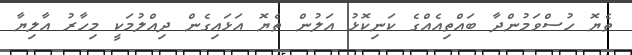
ތެޔޮ ހުސްވަމުންދާ ބައްތިއެއްގެ ކަނިކޮޅު އަލުން ތެޔޮ އަޅައިގެން ދިއްލުމަކީ މިހާރު އާލިޔާ